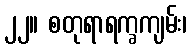
၂၂။ စတုရာရက္ခကျမ်း၊